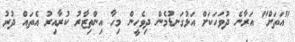
"އަަތަށް" އަރާނެ ދުވަހަކަށް އަޅުގަނޑުމެން ދިވެހީން މިހާ އިންތިޒާރު ކުރާއިރު އެތައް ދުރު